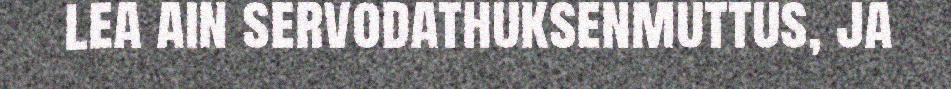
lea ain servodathuksenmuttus, ja